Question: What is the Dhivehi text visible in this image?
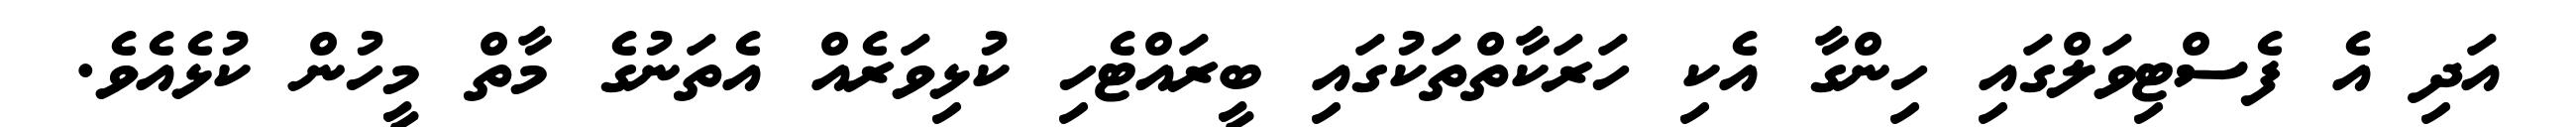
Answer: އަދި އެ ފެސްޓިވަލްގައި ހިންގާ އެކި ހަރަކާތްތަކުގައި ބީރައްޓެހި ކުޅިވަރެއް އެތަނުގެ މާތް މީހުން ކުޅެއެވެ.